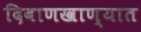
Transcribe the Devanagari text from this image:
दिवाणखाण्यात